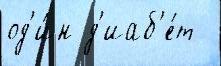
од'и́н д'иаб'е́т